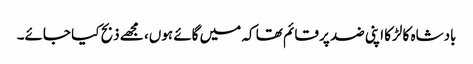
بادشاہ کا لڑکا اپنی ضد پر قائم تھا کہ میں گائے ہوں، مجھے ذبح کیا جائے۔